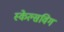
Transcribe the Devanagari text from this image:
स्केल्सविग